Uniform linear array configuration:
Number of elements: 32
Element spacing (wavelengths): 0.75
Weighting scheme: uniform
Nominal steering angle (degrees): -30
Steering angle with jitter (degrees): -31.046
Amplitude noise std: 0.05
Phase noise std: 0.05

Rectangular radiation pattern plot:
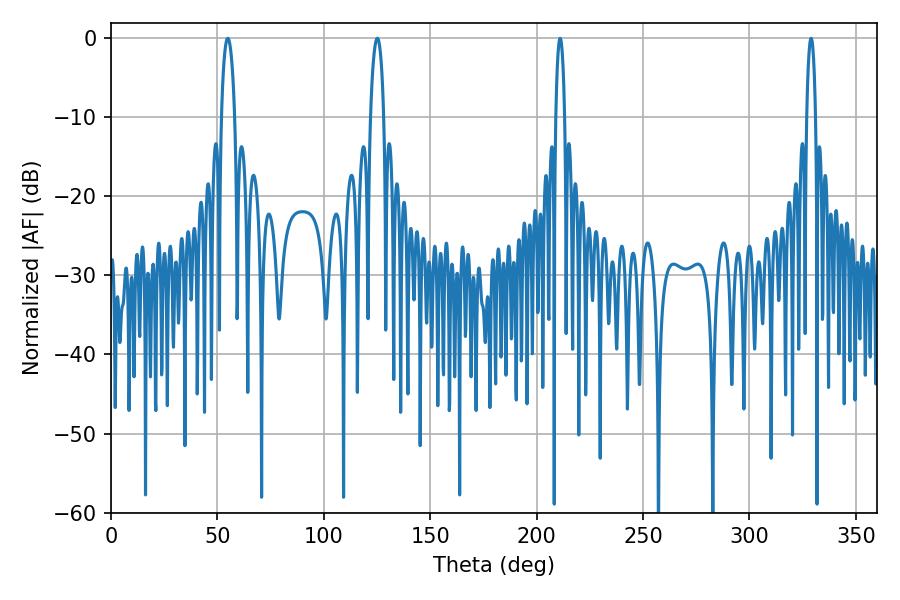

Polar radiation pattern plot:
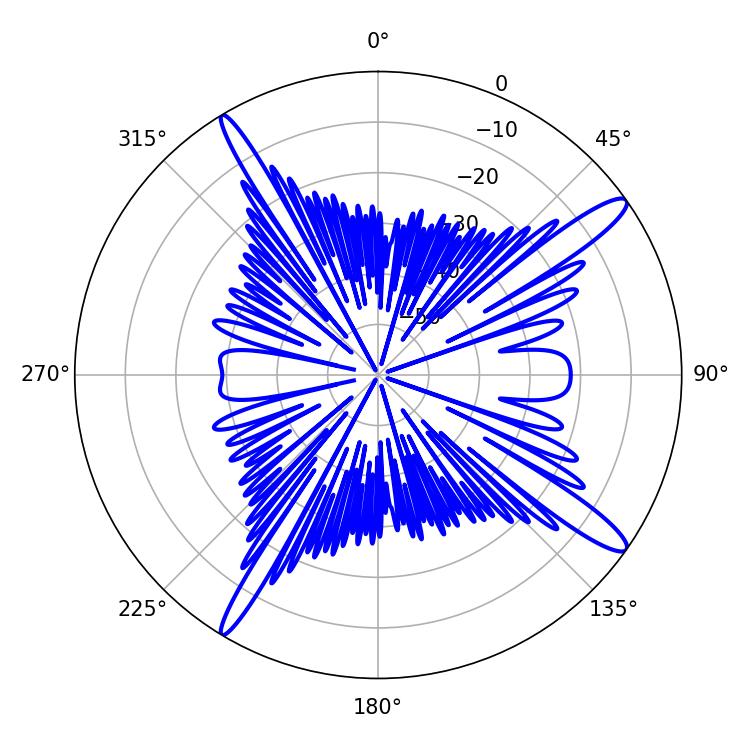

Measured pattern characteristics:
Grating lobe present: TRUE
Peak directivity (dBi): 14.682
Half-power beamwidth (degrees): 3.6
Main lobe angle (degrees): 54.9